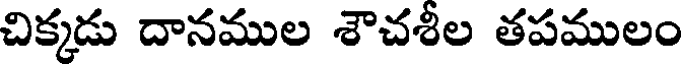
చిక్కడు దానముల శౌచశీల తపములం